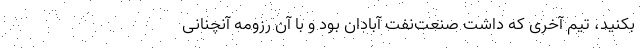
بکنید، تیم آخری که داشت صنعت‌نفت آبادان بود و با آن رزومه آنچنانی